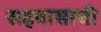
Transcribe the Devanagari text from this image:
सहवासाची